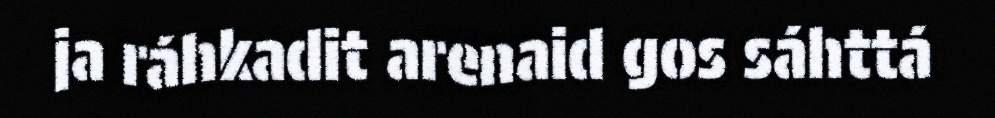
ja ráhkadit arenaid gos sáhttá